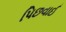
પિછવાઈ